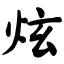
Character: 炫